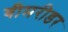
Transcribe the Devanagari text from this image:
बीमरीडर